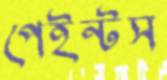
পেইন্টস